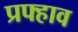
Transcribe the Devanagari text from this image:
प्रफ्हाव